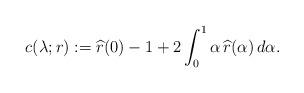
LaTeX: \begin{align*} c(\lambda;r) := \widehat r(0) -1+ 2\int_0^1\alpha \, \widehat r(\alpha)\,d\alpha.\end{align*}